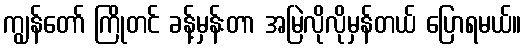
ကျွန်တော် ကြိုတင် ခန့်မှန်းတာ အမြဲလိုလိုမှန်တယ် ပြောရမယ်။